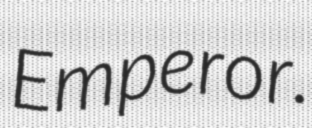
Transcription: Emperor.